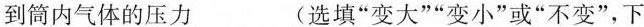
到筒内气体的压力__(选填”变大””变小”或”不变”，下